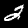
Digit: 2